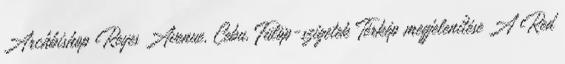
Archbishop Reyes Avenue, Cebu, Fülöp-szigetek Térkép megjelenítése A Red